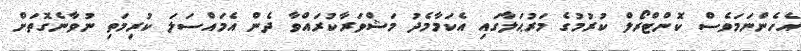
އެހެންނަމަވެސް ކޮންޓްރޯލް ކުރުމުގެ މަރުޙަލާގައި އެކަމާމެދު މަޝްވަރާކުރައްވާ ދެން އެމައްސަލަ ކުރިމަތި ނުވާނެގޮތަށް